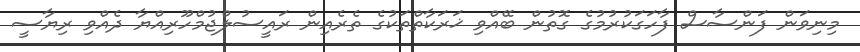
މިނިވަން ފަންސާސް ފާހަގަކުރުމުގެ ގޮތުން ބޭއްވި ޚަރަކާތްތަކުގެ ތެރެއިން ރައީސުލްޖުމްހޫރިއްޔާ ދެއްވި ރިޔާސީ